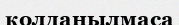
қолданылмаса